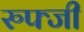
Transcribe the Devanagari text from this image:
रुफ्जी